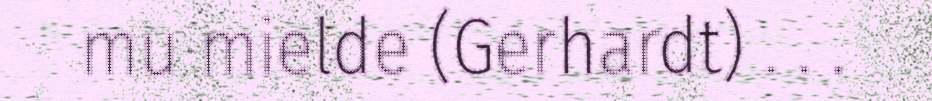
mu mielde (Gerhardt) . . .